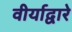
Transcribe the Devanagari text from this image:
वीर्याद्वारे